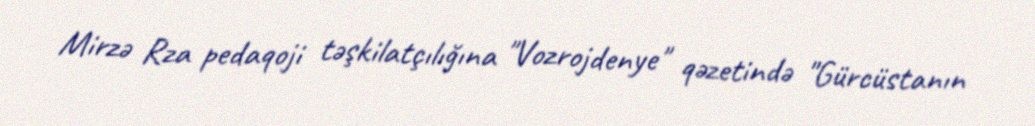
Mirzə Rza pedaqoji təşkilatçılığına "Vozrojdenye" qəzetində "Gürcüstanın